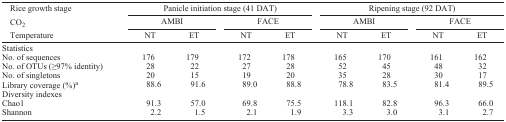
<table><thead><tr><td><b>Rice growth stage</b></td><td colspan="4"><b>Panicle initiation stage (41 DAT)</b></td><td colspan="4"><b>Ripening stage (92 DAT)</b></td></tr><tr><td><b>CO<sub>2</sub></b></td><td colspan="2"><b>AMBI</b></td><td colspan="2"><b>FACE</b></td><td colspan="2"><b>AMBI</b></td><td colspan="2"><b>FACE</b></td></tr><tr><td><b>Temperature</b></td><td><b>NT</b></td><td><b>ET</b></td><td><b>NT</b></td><td><b>ET</b></td><td><b>NT</b></td><td><b>ET</b></td><td><b>NT</b></td><td><b>ET</b></td></tr></thead><tbody><tr><td colspan="9">Statistics</td></tr><tr><td>No. of sequences</td><td>176</td><td>179</td><td>172</td><td>178</td><td>165</td><td>170</td><td>161</td><td>162</td></tr><tr><td>No. of OTUs (≥97% identity)</td><td>28</td><td>22</td><td>27</td><td>28</td><td>52</td><td>45</td><td>48</td><td>32</td></tr><tr><td>No. of singletons</td><td>20</td><td>15</td><td>19</td><td>20</td><td>35</td><td>28</td><td>30</td><td>17</td></tr><tr><td>Library coverage (%)a</td><td>88.6</td><td>91.6</td><td>89.0</td><td>88.8</td><td>78.8</td><td>83.5</td><td>81.4</td><td>89.5</td></tr><tr><td colspan="9">Diversity indexes</td></tr><tr><td>Chao1</td><td>91.3</td><td>57.0</td><td>69.8</td><td>75.5</td><td>118.1</td><td>82.8</td><td>96.3</td><td>66.0</td></tr><tr><td>Shannon</td><td>2.2</td><td>1.5</td><td>2.1</td><td>1.9</td><td>3.3</td><td>3.0</td><td>3.1</td><td>2.7</td></tr></tbody></table>